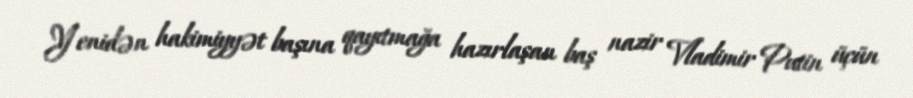
Yenidən hakimiyyət başına qayıtmağa hazırlaşan baş nazir Vladimir Putin üçün